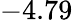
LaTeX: -4.79